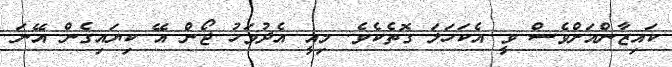
ކައިޒާންއަށްވެސް ވީ އެކަހަލަ ގޮތެކެވެ. މިއީ އެދުވަހު ޖޯން އޭ ކިޔައިގެން އޭނަ